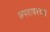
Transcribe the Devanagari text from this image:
छपरावरच्या